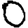
Digit: 0